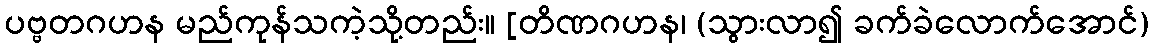
ပဗ္ဗတဂဟန မည်ကုန်သကဲ့သို့တည်း။ [တိဏဂဟန၊ (သွားလာ၍ ခက်ခဲလောက်အောင်)